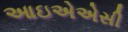
આઇએએસી